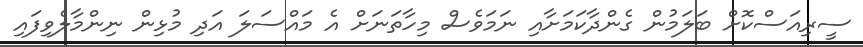
ސީރިއަސްކޮށް ބަލަމުން ގެންދާކަމަށާއި ނަމަވެސް މިހާތަނަށް އެ މައްސަލަ އަދި މުޅިން ނިންމާލެވިފައި